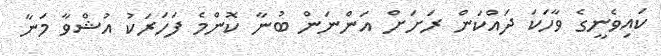
ކައިވެނީގެ ވާހަކަ ދައްކަން ރަށަށް އަންނަން ބުނާ ކޮންމެ ފަހަރަކު އުޝްވާ މަނާ